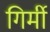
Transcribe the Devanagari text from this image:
गिर्मी